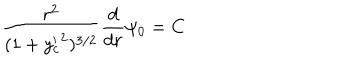
LaTeX: \frac { r ^ { 2 } } { ( 1 + { y _ { c } ^ { \prime } } ^ { 2 } ) ^ { 3 / 2 } } \frac { d } { d r } \psi _ { 0 } = C